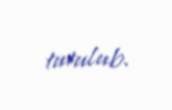
tutulub.